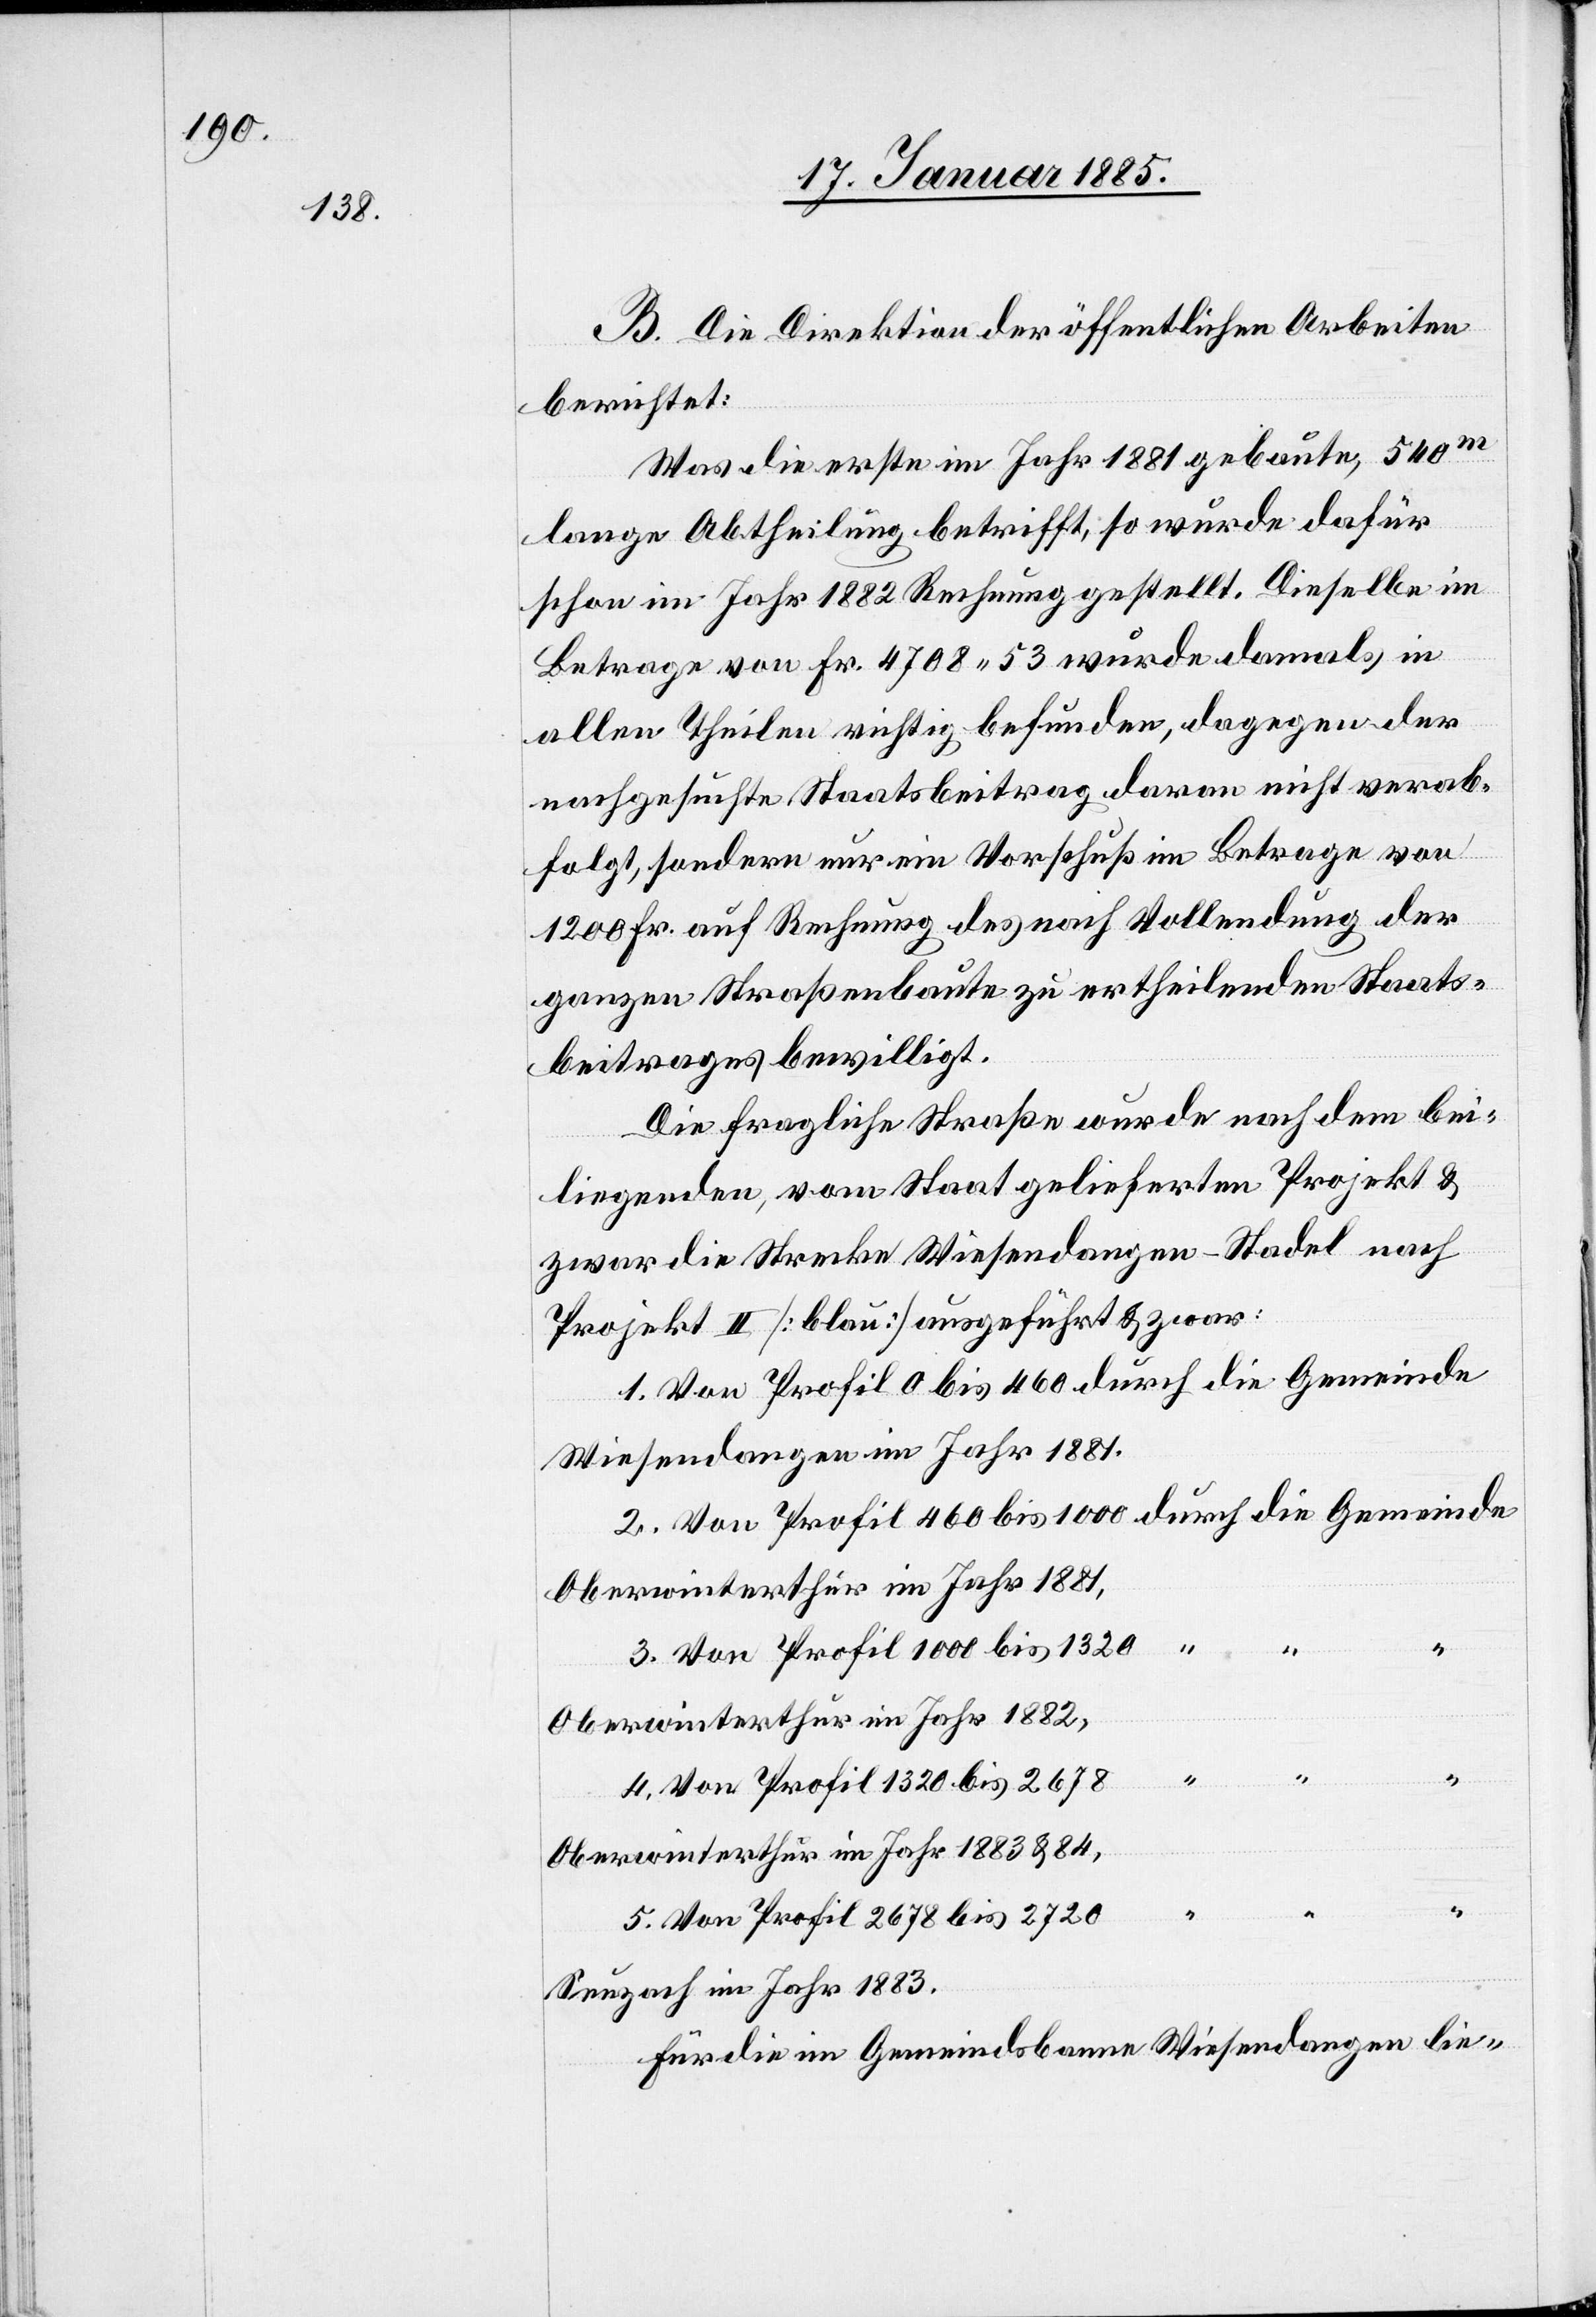
B. Die Direktion der öffentlichen Arbeiten
berichtet:
Was die erste im Jahr 1881 gebaute, 540m
lange Abtheilung betrifft, so wurde dafür
schon im Jahr 1882 Rechnung gestellt. Dieselbe im
Betrage von Fr. 4708 53 wurde damals in
allen Theilen richtig befunden, dagegen der
nachgesuchte Staatsbeitrag daran nicht verab¬
folgt, sondern nur ein Vorschuß im Betrage von
1200 Fr. auf Rechnung des nach Vollendung der
ganzen Straßenbaute zu ertheilenden Staats¬
beitrages bewilligt.
Die fragliche Straße wurde nach dem bei¬
liegenden, vom Staats gelieferten Projekt &
zwar die Strecke Wiesendangen–Stadel nach
Projekt II [blau] ausgeführt & zwar:
1. Von Profil 0 bis 450 durch die Gemeinde
Wiesendangen im Jahr 1881.
2. Von Profil 460 bis 1000 durch die Gemeinde
Oberwinterthur im Jahr 1881
3. Von Profil 1000 bis 1320
Oberwinterthur im Jahr 1882,
4. Von Profil 1320 bis 2678
Oberwinterthur im Jahr 1883 & 84
5. Von Profil 2678 bis 2720
Seuzach im Jahr 1883.
Für die im Gemeindsbanne Wiesendangen lie-